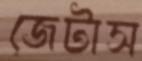
জেটাস